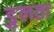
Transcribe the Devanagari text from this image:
डुलता